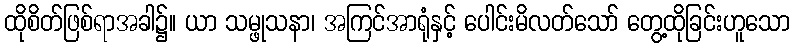
ထိုစိတ်ဖြစ်ရာအခါ၌။ ယာ သမ္ဖုသနာ၊ အကြင်အာရုံနှင့် ပေါင်းမိလတ်သော် တွေ့ထိုခြင်းဟူသော